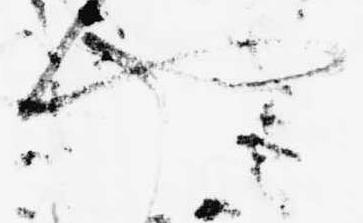
や